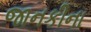
જાનકીના